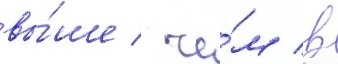
вы́ше / че́м в